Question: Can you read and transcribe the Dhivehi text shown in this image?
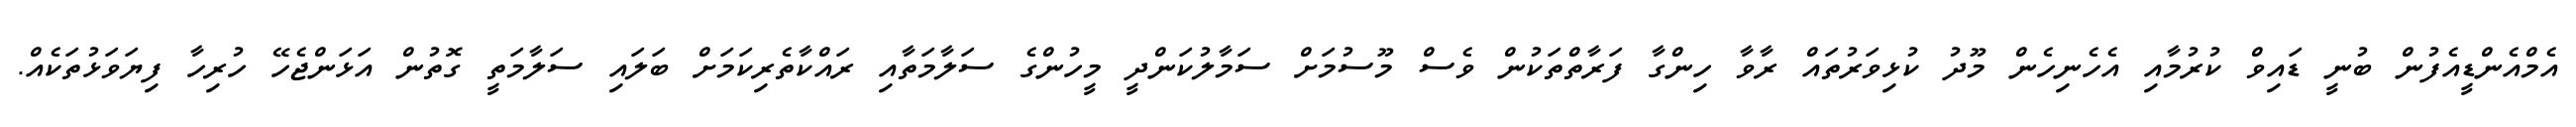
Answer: އެމްއެންޑީއެފުން ބުނީ ޑައިވް ކުރުމާއި އެހެނިހެން މޫދު ކުޅިވަރުތައް ރާވާ ހިންގާ ފަރާތްތަކުން ވެސް މޫސުމަށް ސަމާލުކަންދީ މީހުންގެ ސަލާމަތާއި ރައްކާތެރިކަމަށް ބަލައި ސަލާމަތީ ގޮތުން އަޅަންޖެހޭ ހުރިހާ ފިޔަވަޅުތަކެއް.